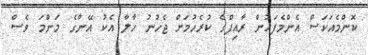
ކޮންމެއަކަސް އެންމެފަހުން ރާއިފްގެ ކުރެހުމަށް ޖެހުނު ހާލާ އެކު އޭނާގެ މަންމަ ވެސް